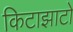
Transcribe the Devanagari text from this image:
किटाझाटो